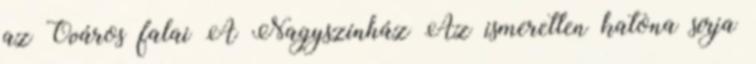
az Óváros falai A Nagyszínház Az ismeretlen katona sírja